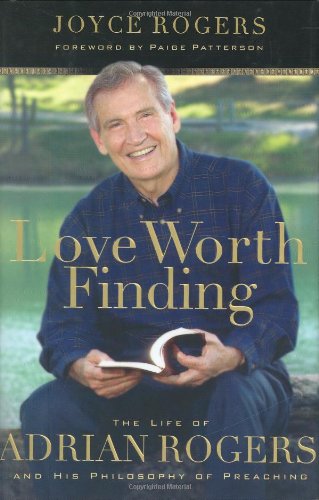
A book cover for Love Worth Finding: The Life of Adrian Rogers and His Philosophy of Preaching; Dr. Paige Patterson; Christian Books & Bibles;